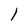
Character: l